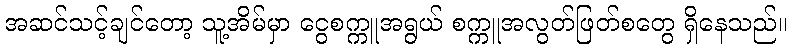
အဆင်သင့်ချင်တော့ သူ့အိမ်မှာ ငွေစက္ကူအရွယ် စက္ကူအလွတ်ဖြတ်စတွေ ရှိနေသည်။